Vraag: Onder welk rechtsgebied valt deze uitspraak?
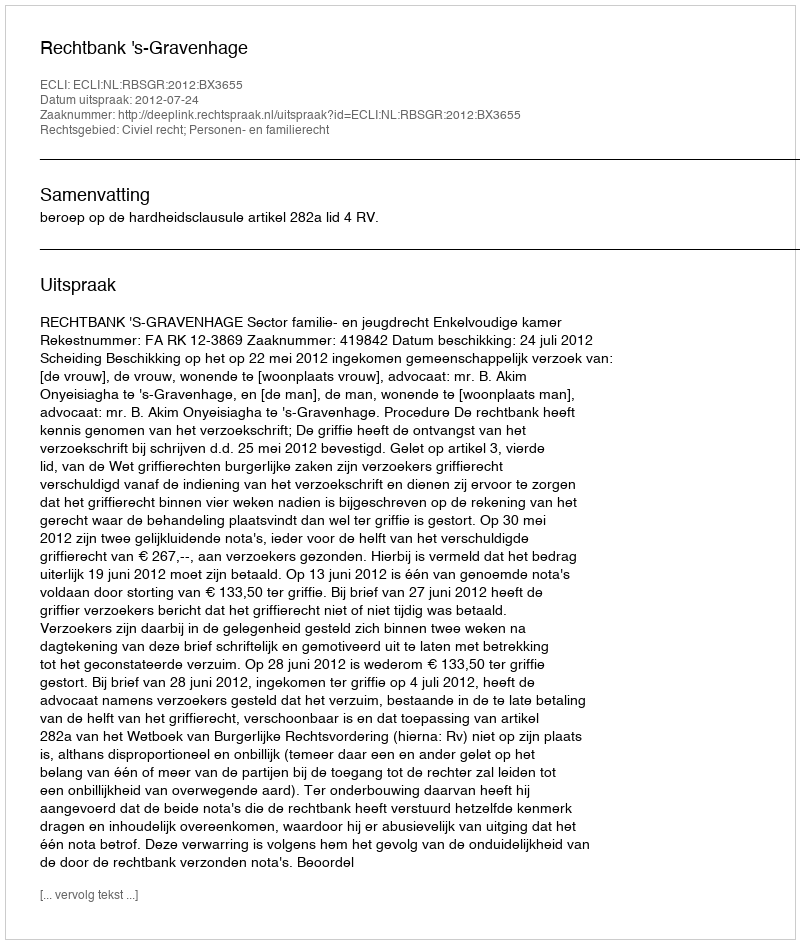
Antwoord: Civiel recht; Personen- en familierecht